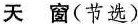
天窗(节选)